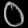
Digit: ၀